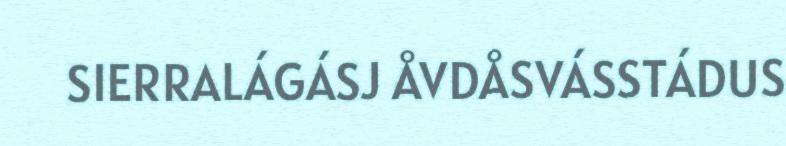
SIERRALÁGÁSJ ÅVDÅSVÁSSTÁDUS